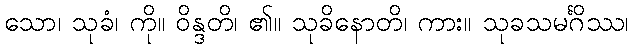
သော၊ သုခံ၊ ကို။ ဝိန္ဒတိ၊ ၏။ သုခိနောတိ၊ ကား။ သုခသမင်္ဂိဿ၊